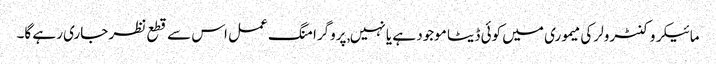
مائیکروکنٹرولر کی میموری میں کوئی ڈیٹا موجود ہے یا نہیں, پروگرامنگ عمل اس سے قطع نظر جاری رہے گا۔